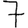
Digit: 7